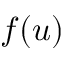
f ( u )